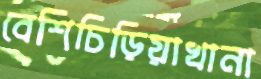
বেশিচিড়িয়াখানা